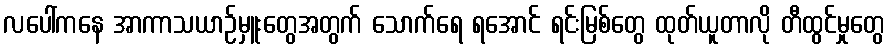
လပေါ်ကနေ အာကာသယာဉ်မှူးတွေအတွက် သောက်ရေ ရအောင် ရင်းမြစ်တွေ ထုတ်ယူတာလို တီထွင်မှုတွေ